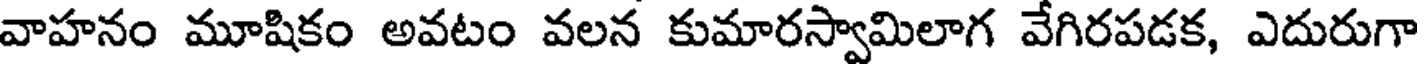
వాహనం మూషికం అవటం వలన కుమారస్వామిలాగ వేగిరపడక, ఎదురుగా